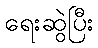
ရေးဆွဲပြီး